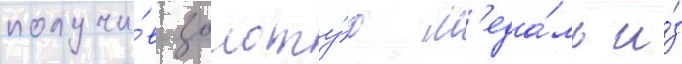
получи́в золоту́ю м'еда́ль и́з